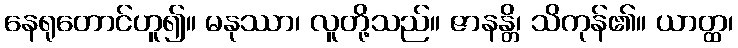
နေရုတောင်ဟူ၍။ မနုဿာ၊ လူတို့သည်။ ဇာနန္တိ၊ သိကုန်၏။ ယာတ္ထ၊